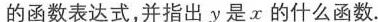
的函数表达式，并指出y是x的什么函数。